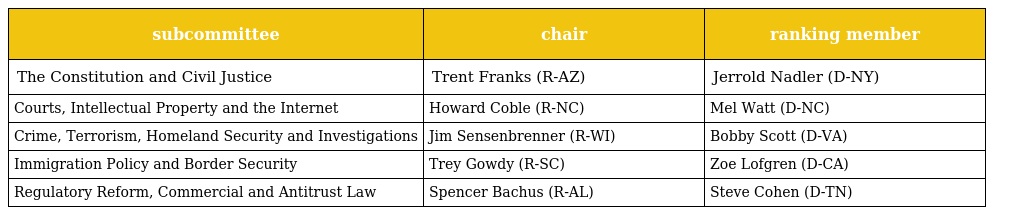
| subcommittee | chair | ranking member |
 | --- | --- | --- |
 | The Constitution and Civil Justice | Trent Franks (R-AZ) | Jerrold Nadler (D-NY) |
 | Courts, Intellectual Property and the Internet | Howard Coble (R-NC) | Mel Watt (D-NC) |
 | Crime, Terrorism, Homeland Security and Investigations | Jim Sensenbrenner (R-WI) | Bobby Scott (D-VA) |
 | Immigration Policy and Border Security | Trey Gowdy (R-SC) | Zoe Lofgren (D-CA) |
 | Regulatory Reform, Commercial and Antitrust Law | Spencer Bachus (R-AL) | Steve Cohen (D-TN) |